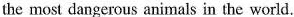
the most dangerous animals in the world.